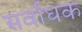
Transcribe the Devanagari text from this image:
सर्वाधक